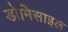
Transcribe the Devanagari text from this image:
डोमिसाइल